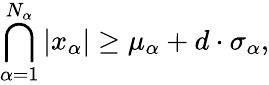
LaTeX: \bigcap_{\alpha=1}^{N_{\alpha}}|x_{\alpha}|\geq\mu_{\alpha}+d\cdot\sigma_{\alpha},